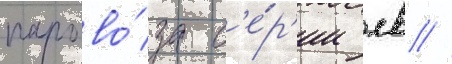
парово́за с'е́р'ии лв //